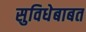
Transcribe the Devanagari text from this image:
सुविधेबाबत